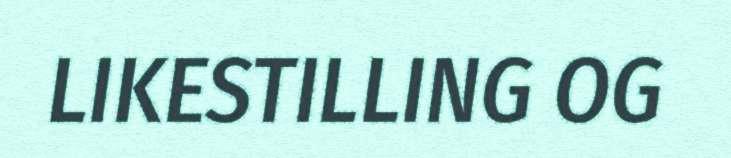
LIKESTILLING OG